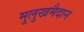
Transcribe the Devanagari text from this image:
मुलुखमैदान